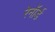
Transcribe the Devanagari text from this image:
रेनॉर्ड